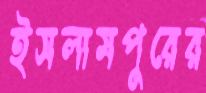
ইসলামপুরের